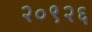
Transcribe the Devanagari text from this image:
२०९२६